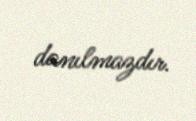
danılmazdır.